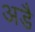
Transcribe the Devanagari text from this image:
अडै